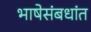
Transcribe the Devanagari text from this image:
भाषेसंबधांत